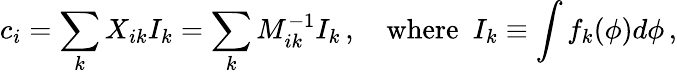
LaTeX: c_{i}=\sum_{k}X_{ik}I_{k}=\sum_{k}M_{ik}^{-1}I_{k}\, ,\quad\mathrm{where}~~I_{k}\equiv\int f_{k}(\phi)d\phi\, ,